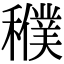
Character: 𥣜